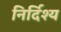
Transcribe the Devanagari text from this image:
निर्दिश्य